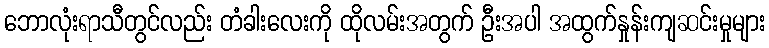
ဘောလုံးရာသီတွင်လည်း တံခါးလေးကို ထိုလမ်းအတွက် ဦးအပါ အထွက်နှုန်းကျဆင်းမှုများ